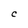
Character: C